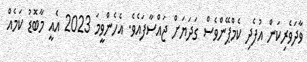
ވާދަވެރިކަން އުފެދި ކެމްޕޭންވެސް ގަދަޔަށް ޖައްސާފައެވެ. އެހެންވީމަ 2023 އެއީ މާބޮޑު ކަމެއް